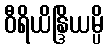
ဝီရိယိန္ဒြိယမ္ပိ